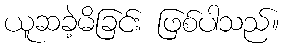
ယူဆခဲ့မိခြင်း ဖြစ်ပါသည်။